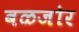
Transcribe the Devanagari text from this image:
बळजोर